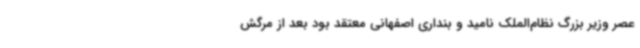
عصر وزیر بزرگ نظام‌الملک نامید و بنداری اصفهانی معتقد بود بعد از مرگش